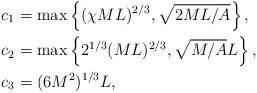
LaTeX: \begin{align*}c_1&=\max\left\{ (\chi ML)^{2/3},\sqrt{2ML/A}\right\},\\c_2&=\max\left\{2^{1/3}(ML)^{2/3}, \sqrt{M/A}L \right\},\\c_3&=(6M^2)^{1/3}L,\end{align*}